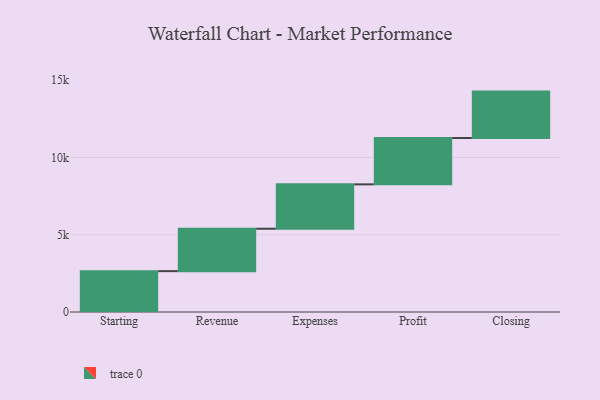
{"axis": {"x": "Step", "y": "Value"}, "legend": [""], "data": [{"x": "Starting", "y": 2643.0, "type": ""}, {"x": "Revenue", "y": 2743.0, "type": ""}, {"x": "Expenses", "y": 2870.0, "type": ""}, {"x": "Profit", "y": 3000, "type": ""}, {"x": "Closing", "y": 3000, "type": ""}]}